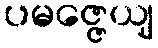
ပမဇ္ဇေယျ